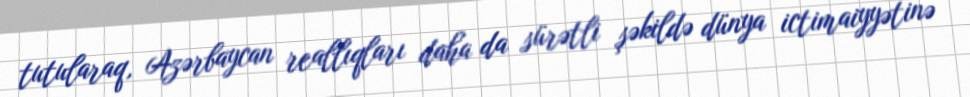
tutularaq, Azərbaycan reallıqları daha da sürətli şəkildə dünya ictimaiyyətinə